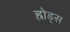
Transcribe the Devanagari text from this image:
ह्रोड्स